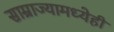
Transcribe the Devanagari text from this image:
साम्राज्यामध्येही